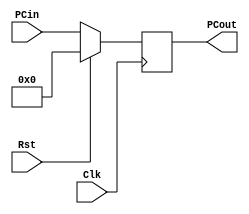
`timescale 1ns / 1ps
//////////////////////////////////////////////////////////////////////////////////
// Company: 
// Engineer: 
// 
// Design Name: 
// Module Name: PCCounter
// Project Name: 
// Target Devices: 
// Tool Versions: 
// Description: 
// 
// Dependencies: 
// 
// Revision:
// Revision 0.01 - File Created
// Additional Comments:
// 
//////////////////////////////////////////////////////////////////////////////////


module PC(PCin, PCout, Rst, Clk);

input [31:0] PCin;
output reg [31:0] PCout;

input Rst, Clk;

initial begin
    PCout <= 0;
  
    
end

always @ (posedge Clk) begin
    if (Rst == 1) begin
        PCout <= 0;
    end
    else begin
        PCout <= PCin;
        end
        
//    else if (Rst == 0 && PCWrite == 1) begin
//        PCout <= PCin;
//    end
//    else if (Rst == 0 && PCWrite == 0) begin
//        PCout <= PCout;
//    end
    
 end
   
        

 
//	(* mark_debug = "true" *)  reg [31:0] PCout;
//	assign debug_reg1 = PCout;

endmodule